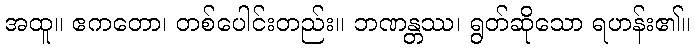
အထူ။ ဧကတော၊ တစ်ပေါင်းတည်း။ ဘဏန္တဿ၊ ရွတ်ဆိုသော ရဟန်း၏။